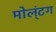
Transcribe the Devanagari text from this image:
मोल्‌ंटग